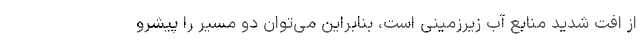
از افت شدید منابع آب زیرزمینی است، بنابراین می‌توان دو مسیر را پیشرو